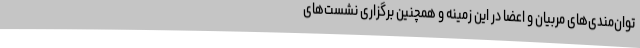
توان‌مندی‌های مربیان و اعضا در این زمینه و همچنین برگزاری نشست‌های